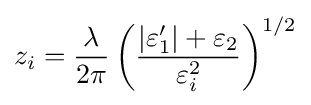
z_{i}={\frac {\lambda }{2\pi }}\left({\frac {|\varepsilon _{1}'|+\varepsilon _{2}}{\varepsilon _{i}^{2}}}\right)^{1/2}